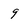
Character: 9